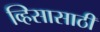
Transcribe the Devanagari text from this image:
व्हिसासाठी